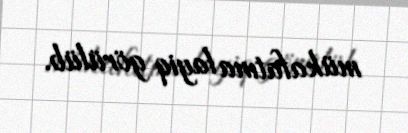
mükafatına layiq görülüb.